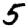
Digit: 5